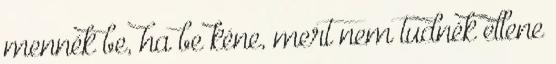
mennék be, ha be kéne, mert nem tudnék ellene